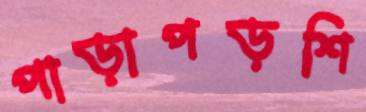
পাড়াপড়শি